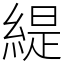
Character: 緹